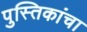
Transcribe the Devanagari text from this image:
पुस्तिकांचा